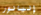
إليانور